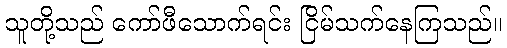
သူတို့သည် ကော်ဖီသောက်ရင်း ငြိမ်သက်နေကြသည်။